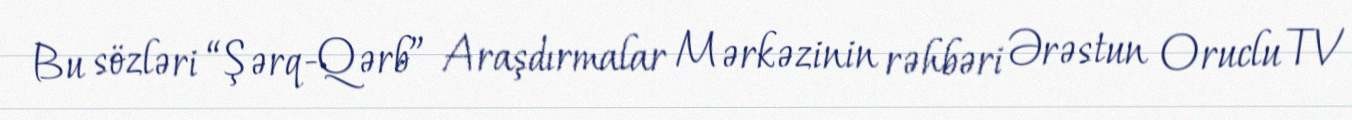
Bu sözləri “Şərq-Qərb” Araşdırmalar Mərkəzinin rəhbəri Ərəstun Oruclu TV